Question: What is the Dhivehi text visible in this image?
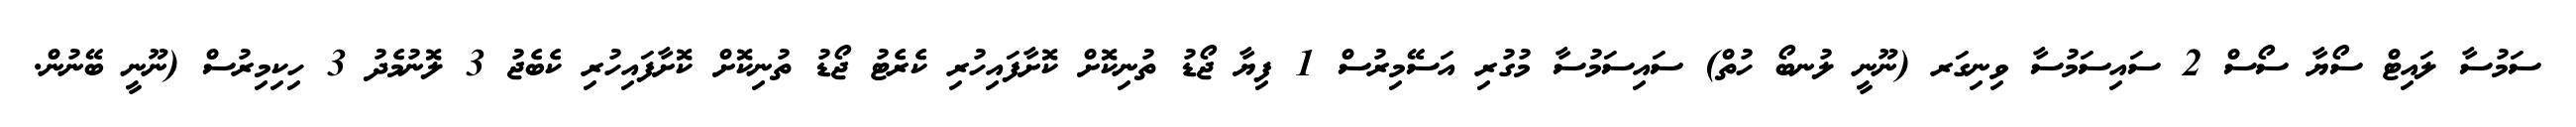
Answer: ސަމުސާ ލައިޓް ސޯޔާ ސޯސް 2 ސައިސަމުސާ ވިނިގަރ (ނޫނީ ލުނބޯ ހުތް) ސައިސަމުސާ މުގުރި އަސޭމިރުސް 1 ފިޔާ ޖޯޑު ތުނިކޮށް ކޮށާފައިހުރި ކެރެޓު ޖޯޑު ތުނިކޮށް ކޮށާފައިހުރި ކެބެޖު 3 ލޮނުމެދު 3 ހިކިމިރުސް (ނޫނީ ބޭނުން.